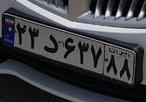
۲۳د۶۳۷۸۸